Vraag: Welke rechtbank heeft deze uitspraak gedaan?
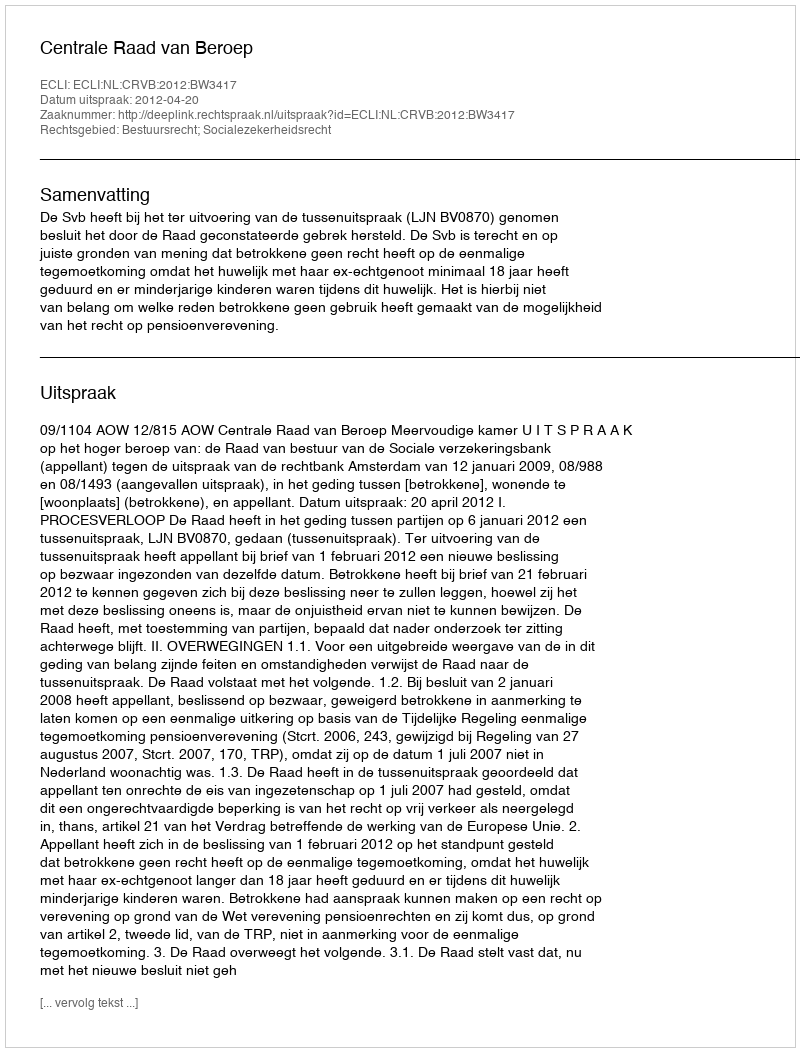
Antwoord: Centrale Raad van Beroep